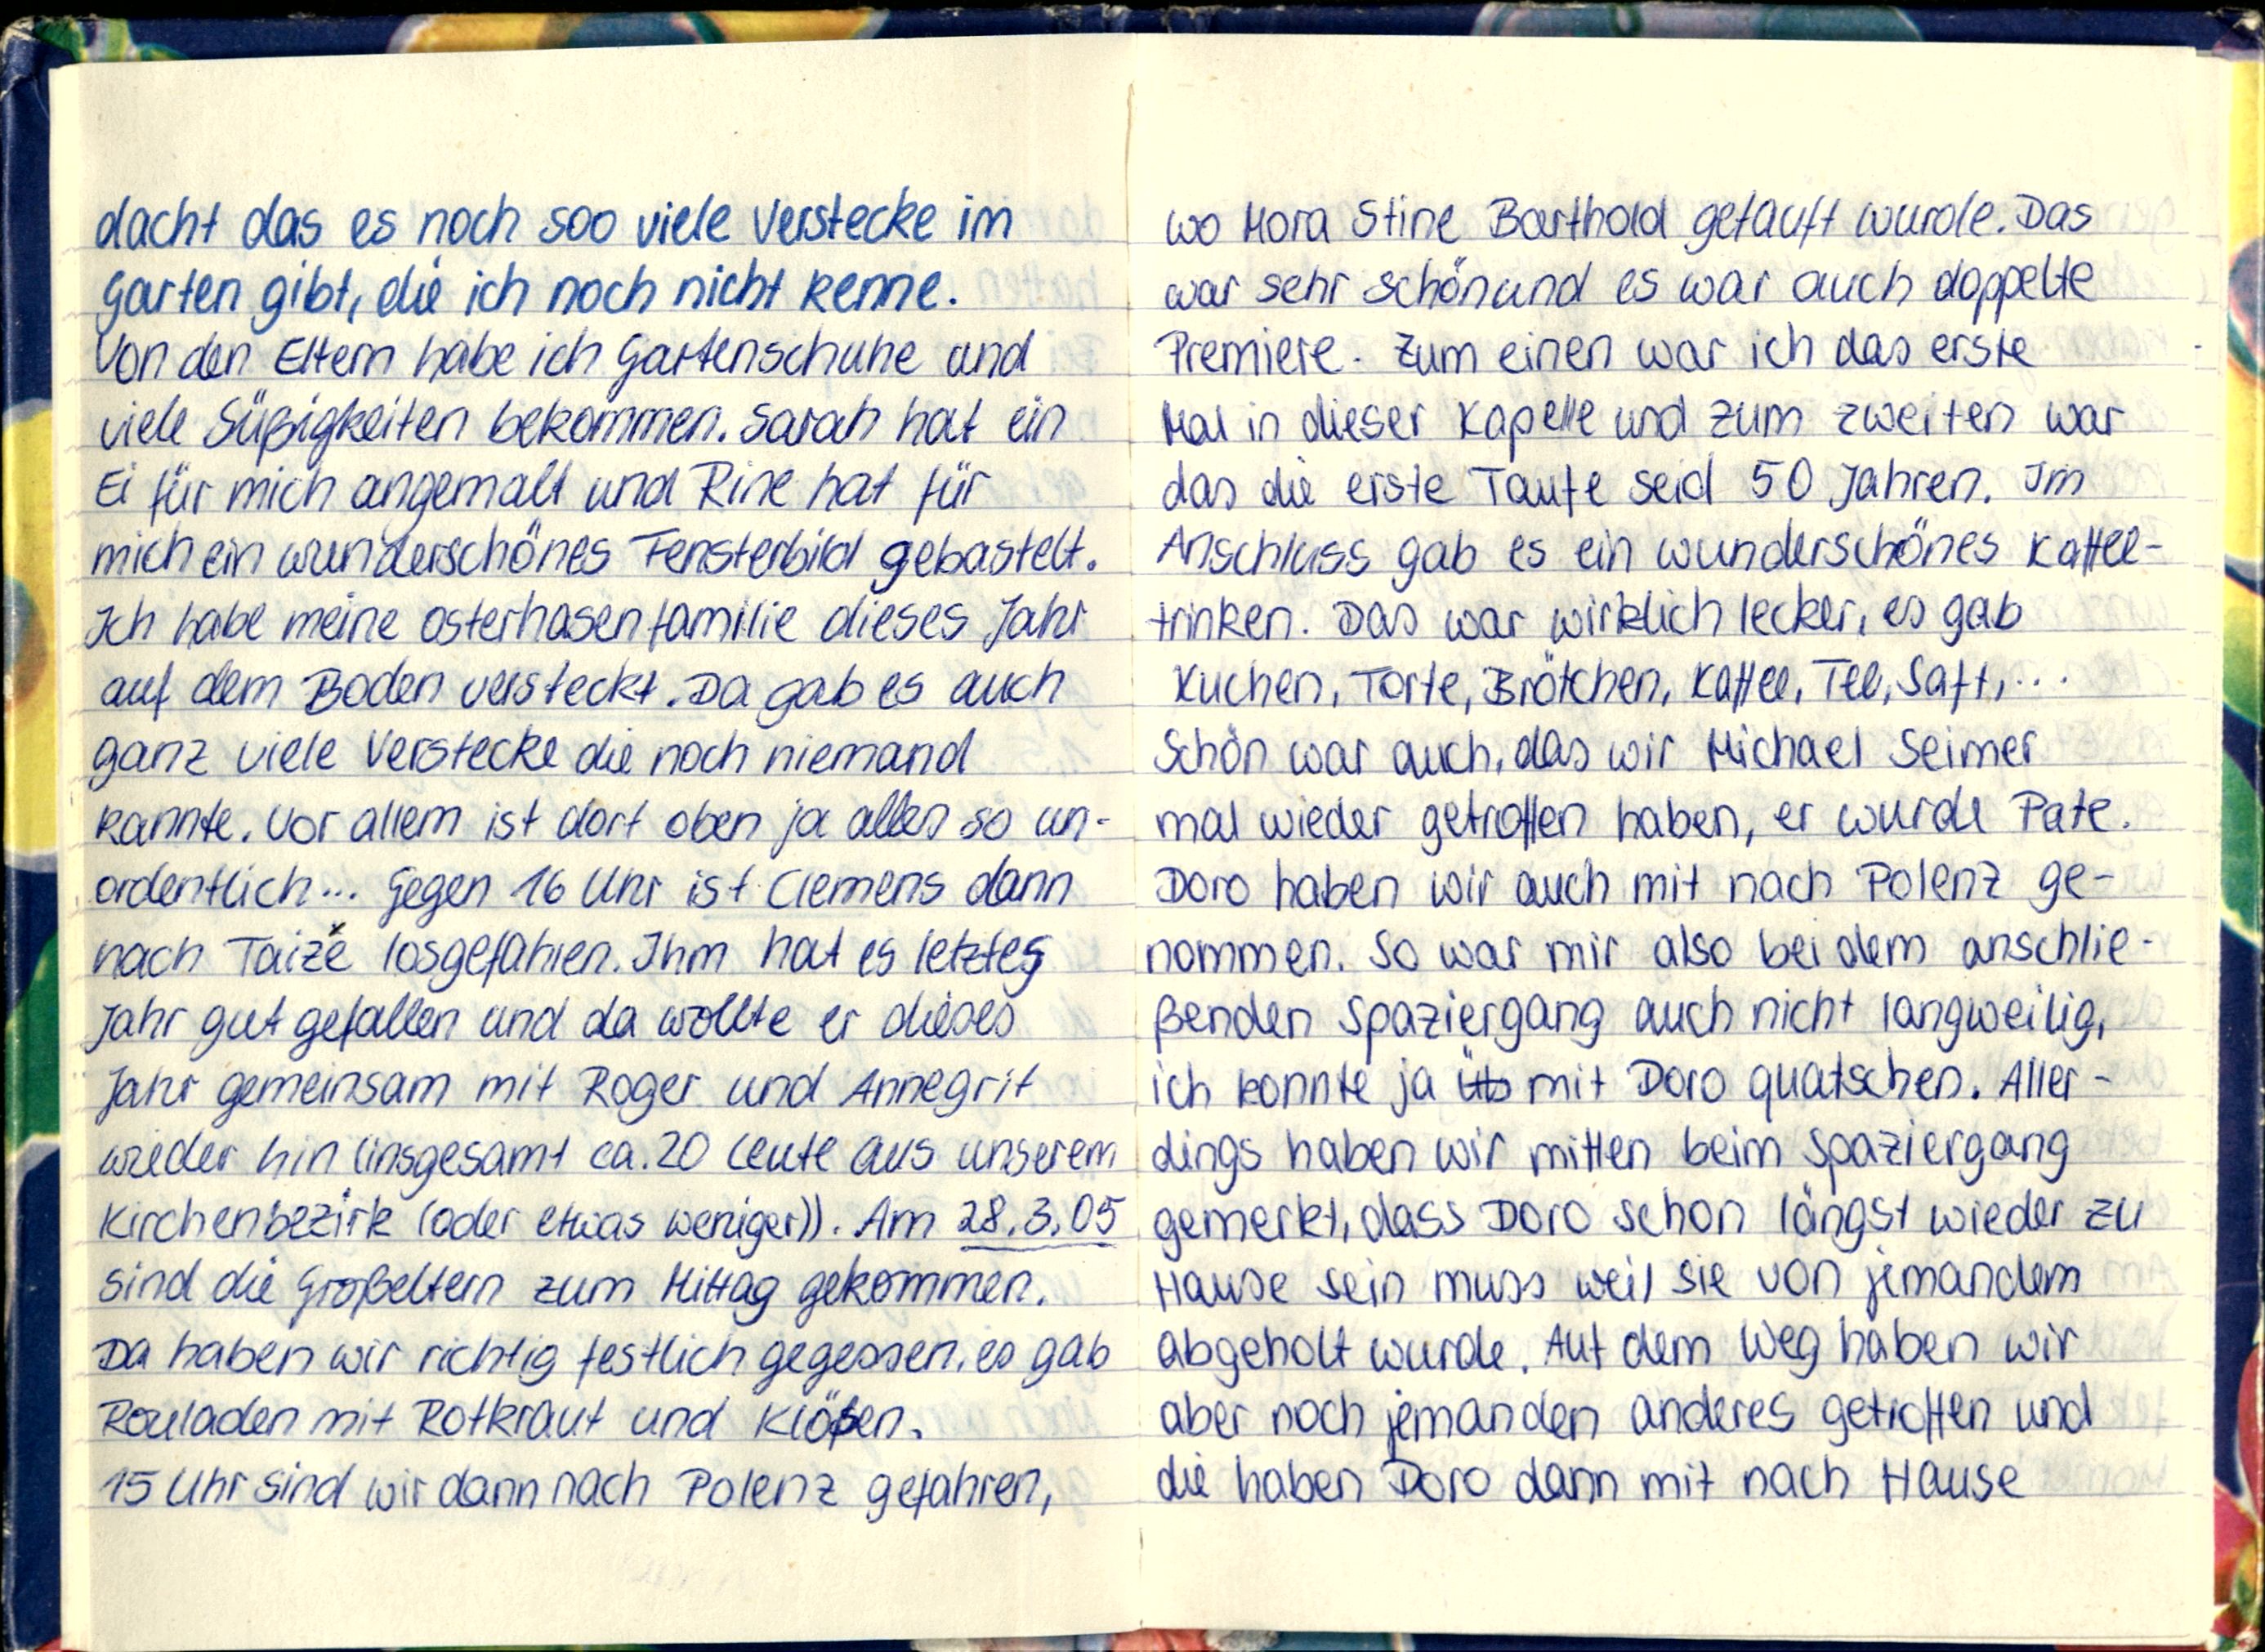
dacht das es noch soo viele Verstecke im
Garten gibt, die ich noch nicht kenne.
Von den Eltern habe ich Gartenschuhe und
viele Süßigkeiten bekommen. Sarah hat ein
Ei für mich angemalt und Rine hat für
mich ein wunderschönes Fensterbild gebastelt.
Ich habe meine Osterhasenfamilie dieses Jahr
auf dem Boden versteckt. Da gab es auch
ganz viele Verstecke die noch niemand
kannte. Vor allem ist dort oben ja alles so un-
ordentlich... Gegen 16 Uhr ist Clemens dann
nach Taize losgefahren. Ihm hat es letztes
Jahr gut gefallen und da wollte er dieses
Jahr gemeinsam mit Roger und Annegrit
wieder hin (insgesamt ca. 20 Leute aus unserem
Kirchenbezirk (oder etwas weniger)). Am 28.3.05
sind die Großeltern zum Mittag gekommen.
Da haben wir richtig festlich gegessen, es gab
Rouladen mit Rotkraut und Klößen.
15 Uhr sind wir dann nach Polenz gefahren,

wo Mora Stine Barthold getauft wurd. Das
war sehr schön und es war auch doppelte
Premiere. Zum einen war ich das erste
Mal in dieser Kapelle und zum zweiten war
das die erste Taufe seid 50 Jahren. Im
Anschluss gab es ein wunderschönes Kaffee-
trinken. Das war wirklich lecker, es gab
Kuchen, Torte, Brötchen, Kaffee, Tee, Saft,...
Schön war auch, das wir Michael Seimer
mal wieder getroffen haben, er wurde Pate.
Doro haben wir auch mit nach Polenz ge-
nommen. So war mir also bei dem anschlie-
ßenden Spaziergang auch nicht langweilig,
ich konnte ja mit Doro quatschen. Aller-
dings haben wir mitten beim Spaziergang
gemerkt, dass Doro schon längst wieder zu
Hause sein muss weil sie von jemandem
abgeholt wurde. Auf dem Weg haben wir
aber noch jemanden anderes getroffen und
die haben Doro dann mit nach Hause